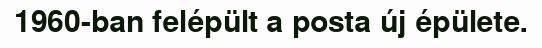
1960-ban felépült a posta új épülete.